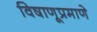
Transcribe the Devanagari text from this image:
विषाणूप्रमाणे